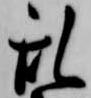
乱